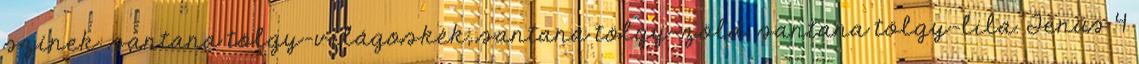
színek: santana tölgy-világoskék, santana tölgy-zöld, santana tölgy-lila. Tenus 4